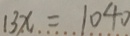
1 3 x = 1 0 4 0